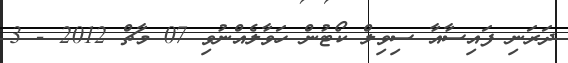
ދަރަނި ފައިސާއާ ސިވިލް ކޯޓުން ހަވާލެއްނުވި 07 މާޗް 2012 - 3